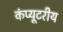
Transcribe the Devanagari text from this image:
कंप्यूटरीय